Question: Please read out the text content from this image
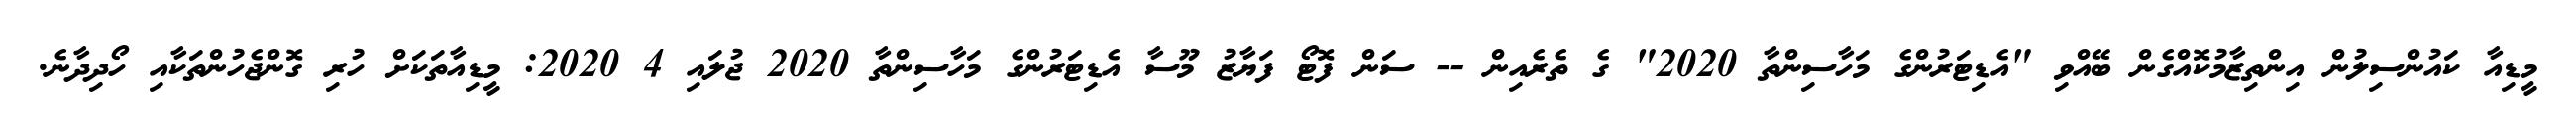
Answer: މީޑިއާ ކައުންސިލުން އިންތިޒާމުކޮއްގެން ބޭއްވި "އެޑިޓަރުންގެ މަހާސިންތާ 2020" ގެ ތެރެއިން -- ސަން ފޮޓޯ ފަޔާޒު މޫސާ އެޑިޓަރުންގެ މަހާސިންތާ 2020 ޖުލައި 4 2020: މީޑިއާތަކަށް ހުރި ގޮންޖެހުންތަކާއި ހޯދިދާނެ.